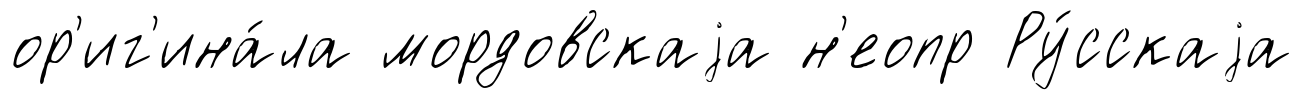
ор'иг'ина́ла мордовскаjа н'еопр Ру́сскаjа